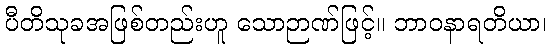
ပီတိသုခအဖြစ်တည်းဟူ သောဉာဏ်ဖြင့်။ ဘာဝနာရတိယာ၊